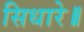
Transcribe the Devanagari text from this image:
सिधारे॥